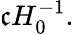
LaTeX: \mathfrak{c}H_{0}^{-1}.